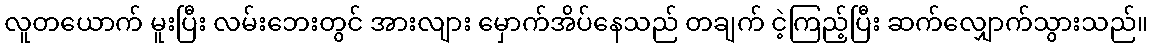
လူတယောက် မူးပြီး လမ်းဘေးတွင် အားလျား မှောက်အိပ်နေသည် တချက် ငဲ့ကြည့်ပြီး ဆက်လျှောက်သွားသည်။